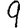
Digit: 9